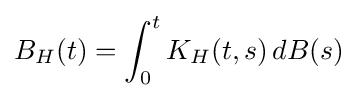
B_{H}(t)=\int _{0}^{t}K_{H}(t,s)\,dB(s)